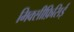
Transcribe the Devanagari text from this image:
मिक्सीफ़िसिई